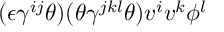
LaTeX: ( \epsilon \gamma ^ { i j } \theta ) ( \theta \gamma ^ { j k l } \theta ) v ^ { i } v ^ { k } \phi ^ { l }